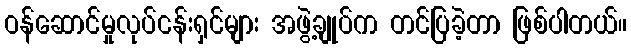
ဝန်ဆောင်မှုလုပ်ငန်းရှင်များ အဖွဲ့ချုပ်က တင်ပြခဲ့တာ ဖြစ်ပါတယ်။